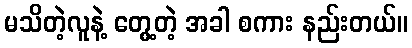
မသိတဲ့လူနဲ့ တွေ့တဲ့ အခါ စကား နည်းတယ်။